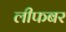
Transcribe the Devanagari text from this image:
लीफबर